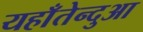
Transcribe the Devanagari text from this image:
यहाँतेन्दुआ